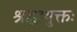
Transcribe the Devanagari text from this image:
श्रद्धायुक्तः